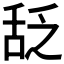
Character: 𬜆